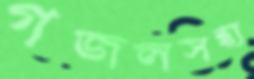
গজলসন্ধ্য